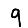
Digit: 9